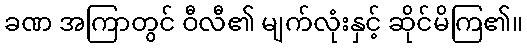
ခဏ အကြာတွင် ဝီလီ၏ မျက်လုံးနှင့် ဆိုင်မိကြ၏။